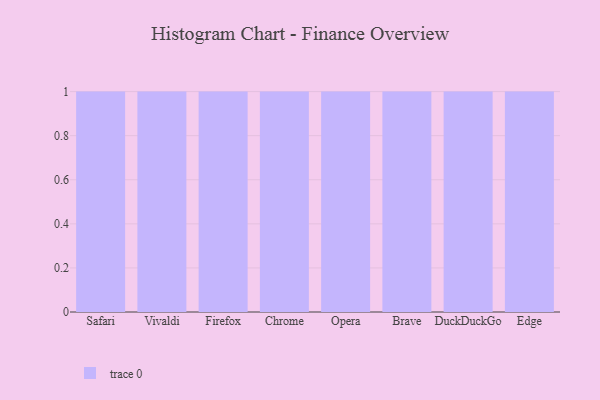
{"axis": {"x": "Browser", "y": "Shipments"}, "legend": [""], "data": [{"x": "Safari", "y": 65, "type": ""}, {"x": "Vivaldi", "y": 90, "type": ""}, {"x": "Firefox", "y": 17, "type": ""}, {"x": "Chrome", "y": 52, "type": ""}, {"x": "Opera", "y": 2, "type": ""}, {"x": "Brave", "y": 17, "type": ""}, {"x": "DuckDuckGo", "y": 36, "type": ""}, {"x": "Edge", "y": 12, "type": ""}]}